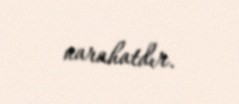
narahatdır.